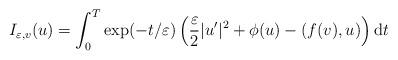
LaTeX: \begin{align*}I_{\varepsilon,v}(u)=\int_{0}^{T}\exp(-t/\varepsilon)\left( \frac{\varepsilon}{2}|u^{\prime}|^{2}+\phi(u)-(f(v),u)\right) \mathrm{{d}}t\end{align*}